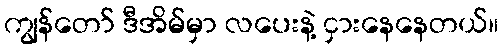
ကျွန်တော် ဒီအိမ်မှာ လပေးနဲ့ ငှားနေနေတယ်။